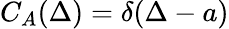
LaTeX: C_{A}(\Delta)=\delta(\Delta-a)